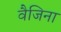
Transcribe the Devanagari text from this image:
वैजिना